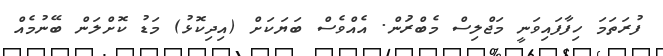
ފުރަތަމަ ހިފާފައިވަނީ މަޖްލިސް މެބްރަުން. އެއްވެސް ބަޔަކަށް (އިދިކޮޅު) މަޑު ކޮށްލަން ބޭނުމެއް